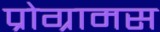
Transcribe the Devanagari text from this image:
प्रोग्रामस